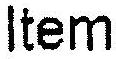
ITEM